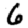
Digit: 6